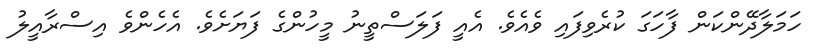
ހަމަލާދޭންކަން ފާހަގަ ކުރެވިފައި ވެއެވެ. އެއީ ފަލަސްތީނު މީހުންގެ ފަޔަށެވެ. އެހެންވެ އިސްރާއީލު